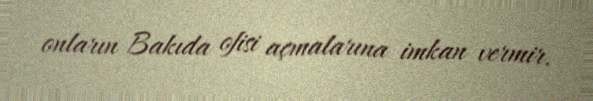
onların Bakıda ofisi açmalarına imkan vermir.